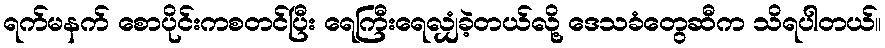
ရက်မနက် စောပိုင်းကစတင်ပြီး ရေကြီးရေလျှံခဲ့တယ်လို့ ဒေသခံတွေဆီက သိရပါတယ်။